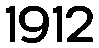
1912